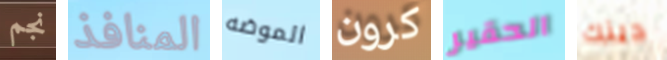
نجم المنافذ الموضه كرون الحقير دينك